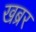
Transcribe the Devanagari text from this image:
खब्रर